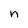
Character: n